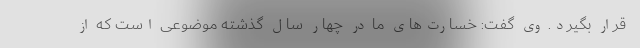
قرار بگیرد. وی گفت: خسارت‌های ما در چهار سال گذشته موضوعی است که از